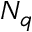
N _ { q }